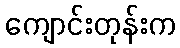
ကျောင်းတုန်းက